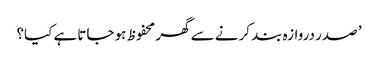
’ صدر دروازہ بند کرنے سے گھر محفوظ ہو جاتا ہے کیا؟